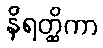
နိရတ္ထိကာ